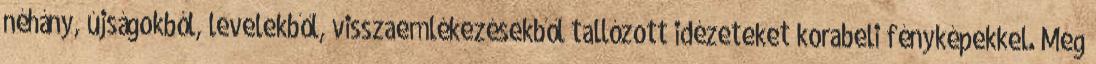
néhány, újságokból, levelekből, visszaemlékezésekből tallózott idézeteket korabeli fényképekkel. Meg